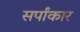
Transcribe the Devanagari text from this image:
सर्पांकार